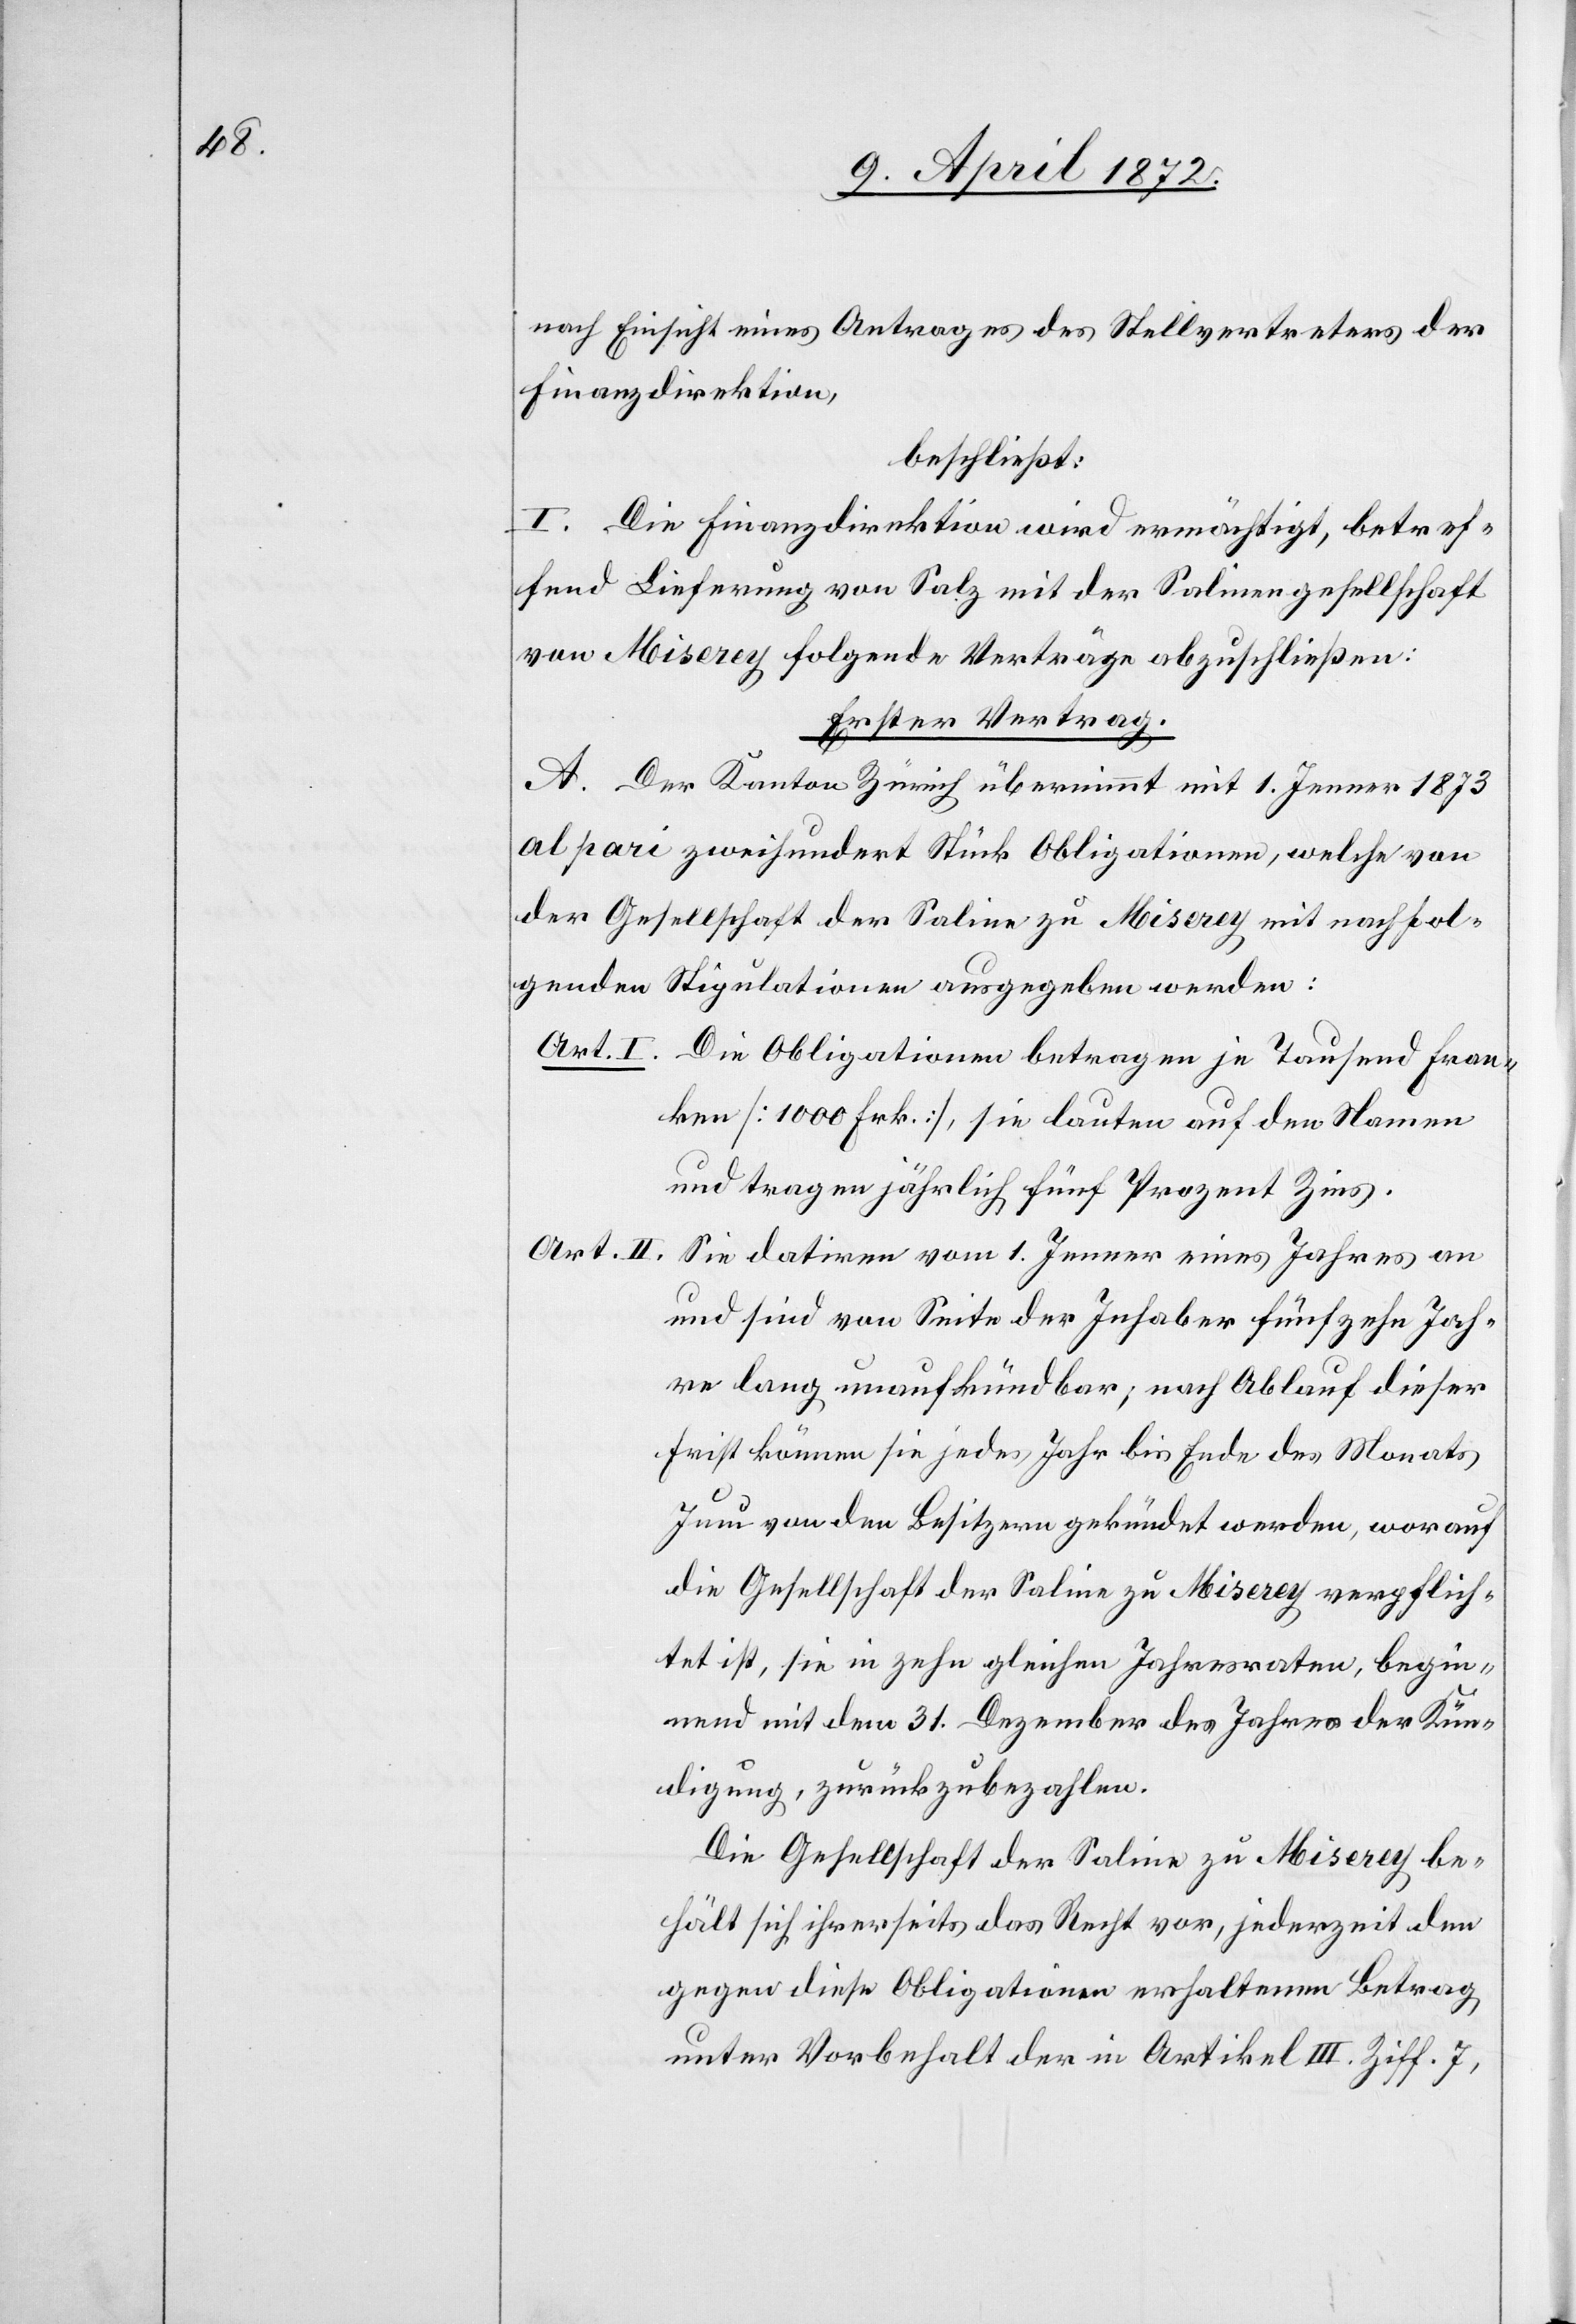
nach Einsicht eines Antrages des Stellvertreters der
Finanzdirektion,
beschließt:
I. Die Finanzdirektion wird ermächtigt, betref¬
fend Lieferung von Salz mit der Salinengesellschaft
von Miserey folgende Verträge abzuschließen:
Erster Vertrag.
A. Der Kanton Zürich übernimmt mit 1. Jenner 1873
al pari zweihundert Stück Obligationen, welche von
der Gesellschaft der Saline zu Miserey mit nachfol¬
genden Stipulationen ausgegeben werden:
Art. I. Die Obligationen betragen je Tausend Fran¬
ken [1000 Frk.], sie lauten auf den Namen
und tragen jährlich fünf Prozent Zins.
Art. II.
Sie datiren vom 1. Jenner eines Jahres an
und sind von Seite der Inhaber fünfzehn Jah¬
re lang unaufkündbar; nach Ablauf dieser
Frist können sie jedes Jahr bis Ende des Monats
Juni von den Besitzern gekündet werden, worauf
die Gesellschaft der Saline zu Miserey verpflich¬
tet ist, sie in zehn gleichen Jahresraten, begin¬
nend mit dem 31. Dezember des Jahres der Kün¬
digung, zurückzubezahlen.
Die Gesellschaft der Saline zu Miserey be¬
hält sich ihrerseits das Recht vor, jederzeit den
gegen diese Obligationen erhaltenen Betrag
unter Vorbehalt der in Artikel III. Ziff. 7,